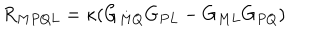
LaTeX: R _ { M P Q L } = \kappa ( G _ { M Q } G _ { P L } - G _ { M L } G _ { P Q } )